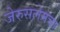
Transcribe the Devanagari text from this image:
जेरुसलेमचा